Indian journal of veterinary science and animal husbandry - Volumes 18-21, 1948-1951
Year: 1948
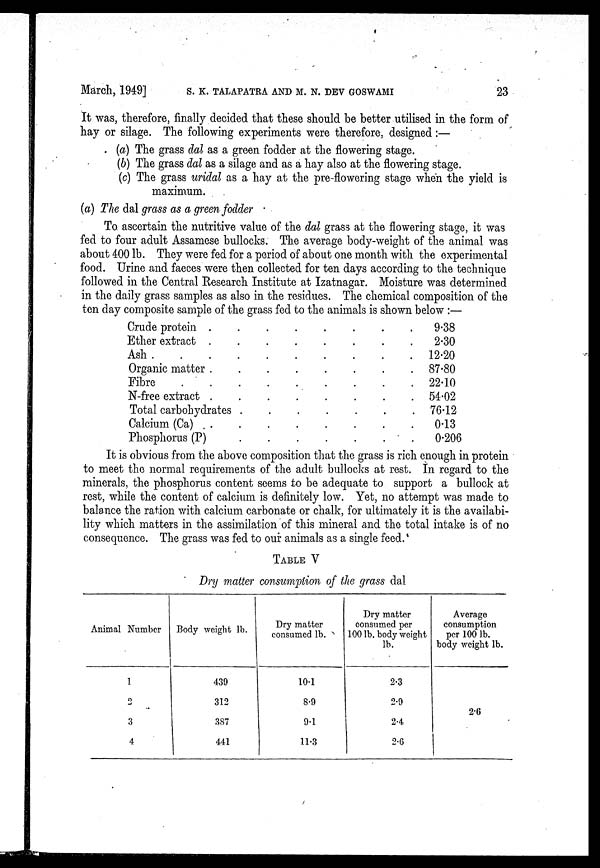
March, 1949] S. K. TALAPATRA AND M. N. DEV GOSWAMI 23
It was, therefore, finally decided that these should be better utilised in the form of
hay or silage. The following experiments were therefore, designed :—
(a) The grass dal as a green fodder at the flowering stage.
(b) The grass dal as a silage and as a hay also at the flowering stage.
(c) The grass uridal as a hay at the pre-flowering stage when the yield is
maximum.
(a) The dal grass as a green fodder
To ascertain the nutritive value of the dal grass at the flowering stage, it was
fed to four adult Assamese bullocks. The average body-weight of the animal was
about 400 lb. They were fed for a period of about one month with the experimental
food. Urine and faeces were then collected for ten days according to the technique
followed in the Central Research Institute at Izatnagar. Moisture was determined
in the daily grass samples as also in the residues. The chemical composition of the
ten day composite sample of the grass fed to the animals is shown below :—
Crude protein
.
.
.
.
.
.
.
.
Ether extract
.
.
.
.
.
.
.
.
Ash
.
.
.
.
.
.
.
.
Organic matter
.
.
.
.
.
.
.
.
Fibre
.
.
.
.
.
.
.
.
N-free extract
.
.
.
.
.
.
.
.
Total carbohydrates
.
.
.
.
.
.
.
.
Calcium (Ca)
.
.
.
.
.
.
.
.
Phosphorus (P)
.
.
.
.
.
.
.
.
9.38
2.30
12.20
87.80
22.10
54.02
76.12
0.13
0.206
It is obvious from the above composition that the grass is rich enough in protein
to meet the normal requirements of the adult bullocks at rest. In regard to the
minerals, the phosphorus content seems to be adequate to support a bullock at
rest, while the content of calcium is definitely low. Yet, no attempt was made to
balance the ration with calcium carbonate or chalk, for ultimately it is the availabi-
lity which matters in the assimilation of this mineral and the total intake is of no
consequence. The grass was fed to our animals as a single feed.
TABLE V
Dry matter consumption of the grass dal
Animal Number
1
2
3
4
Body weight lb.
439
312
387
441
Dry matter
consumed lb.
10.1
8.9
9.1
11.3
Dry matter
consumed per
100 lb. body weight
lb.
2.3
2.9
2.4
2.6
Average
consumption
per 100 lb.
body weight lb.
2.6